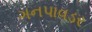
ગનપાવડર